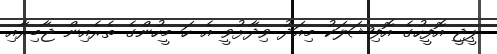
ޕީޖީ އޮފީހުގެ އޮފިޝަލަކު މިއަދު ވިދާޅުވީ އެ ހަ މީހުންގެ ތެރެއިން ޖާބިރާއި